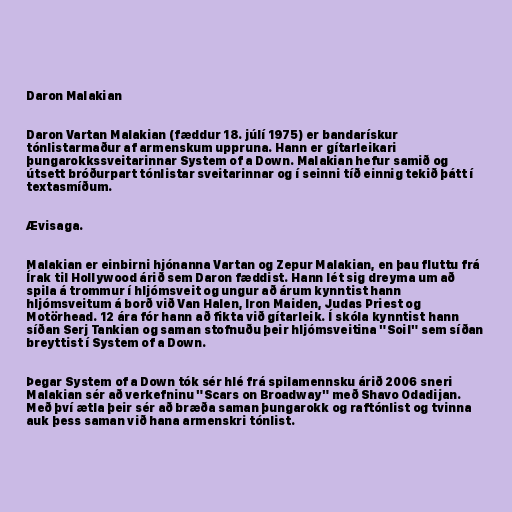
Daron Malakian

Daron Vartan Malakian (fæddur 18. júlí 1975) er bandarískur
tónlistarmaður af armenskum uppruna. Hann er gítarleikari
þungarokkssveitarinnar System of a Down. Malakian hefur samið og
útsett bróðurpart tónlistar sveitarinnar og í seinni tíð einnig tekið þátt í
textasmíðum.

Ævisaga.

Malakian er einbirni hjónanna Vartan og Zepur Malakian, en þau fluttu frá
Írak til Hollywood árið sem Daron fæddist. Hann lét sig dreyma um að
spila á trommur í hljómsveit og ungur að árum kynntist hann
hljómsveitum á borð við Van Halen, Iron Maiden, Judas Priest og
Motörhead. 12 ára fór hann að fikta við gítarleik. Í skóla kynntist hann
síðan Serj Tankian og saman stofnuðu þeir hljómsveitina "Soil" sem síðan
breyttist í System of a Down.

Þegar System of a Down tók sér hlé frá spilamennsku árið 2006 sneri
Malakian sér að verkefninu "Scars on Broadway" með Shavo Odadijan.
Með því ætla þeir sér að bræða saman þungarokk og raftónlist og tvinna
auk þess saman við hana armenskri tónlist.